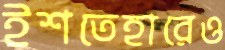
ইশতেহারেও